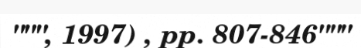
""", 1997) , pp. 807-846"""